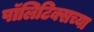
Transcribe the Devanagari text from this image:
पॉलिटिक्सच्या